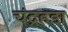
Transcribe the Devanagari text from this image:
चंद्रहड़ा